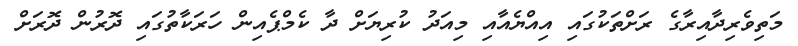
މަތިވެރިދާއިރާގެ ރަށްތަކުގައި އިއްޔެއާއި މިއަދު ކުރިޔަށް ދާ ކެމްޕެއިން ހަރަކާތުގައި ދޮރުން ދޮރަށް